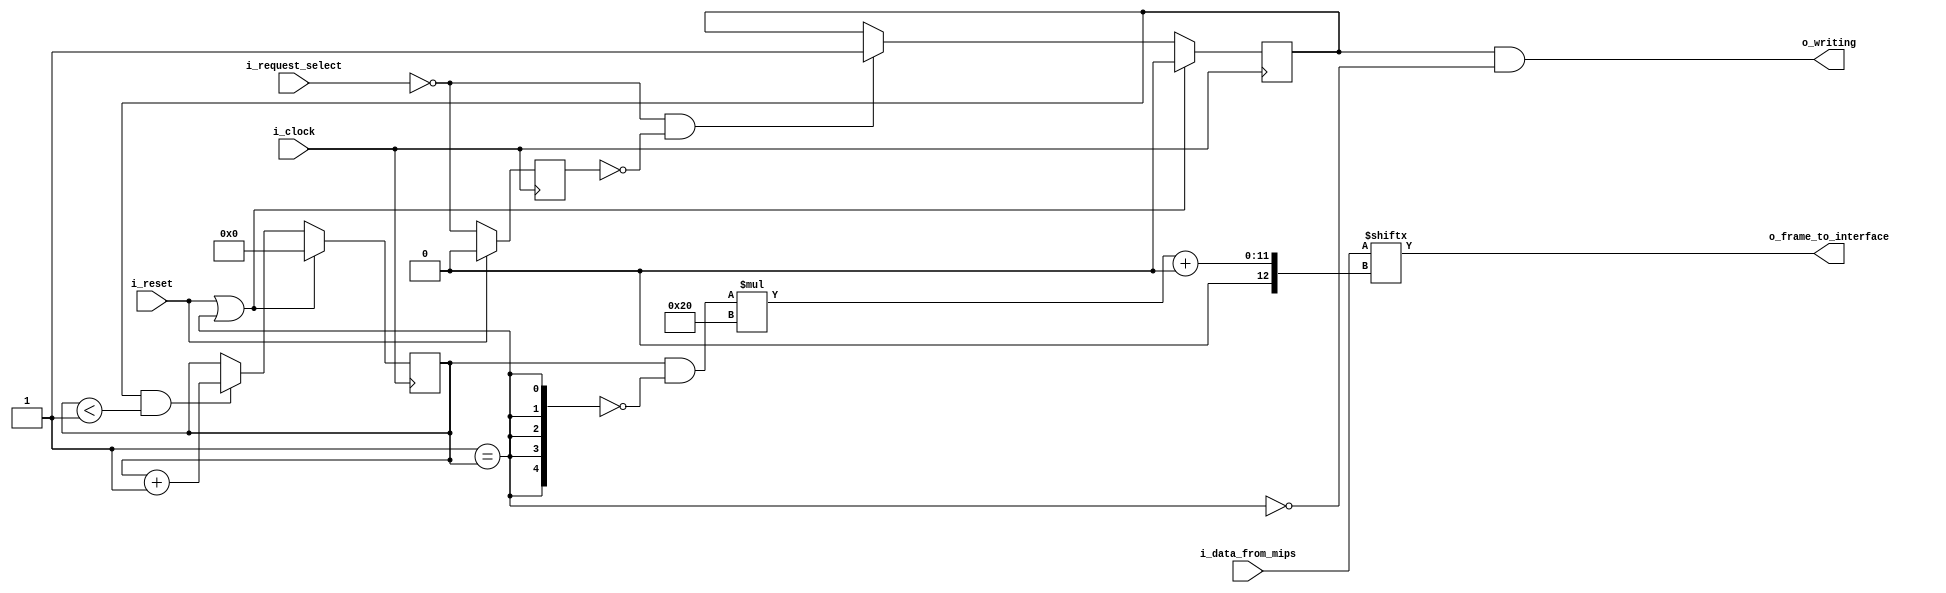
module debug_control_latches
  #(
    parameter NB_LATCH = 32,
    parameter NB_INPUT_SIZE = 32,
    parameter NB_CONTROL_FRAME = 32,
    parameter CONTROLLER_ID = 6'b0000_00
    )
   (
    output wire [NB_CONTROL_FRAME-1:0] o_frame_to_interface,
    output wire                        o_writing,

    input wire [6-1:0]                 i_request_select,
    input wire [NB_INPUT_SIZE-1:0]     i_data_from_mips,

    input wire                         i_clock,
    input wire                         i_reset
    ) ;

   //Quick instance
   /*
   debug_control
     #(
       .NB_LATCH            (NB_LATCH             ),
       .NB_INPUT_SIZE       (NB_INPUT_SIZE        ),
       .NB_CONTROL_FRAME    (NB_CONTROL_FRAME     ),
       .CONTROLLER_ID       (CONTROLLER_ID        )
       )
   u_debug_control
     (
      .o_frame_to_interface (o_frame_to_interface ),
      .o_writing            (o_writing            ),
      .i_request_select     (i_request_select     ),
      .i_data_from_mips     (i_data_from_mips     ),
      .i_clock              (i_clock              ),
      .i_reset              (i_reset              )
      ) ;
  */

   localparam NB_TIMER = 5;
   localparam NB_PADDING = (NB_INPUT_SIZE%NB_LATCH==0) ? 0 : NB_LATCH-(NB_INPUT_SIZE%NB_LATCH);
   localparam NB_PADDED_DATA = NB_INPUT_SIZE + NB_PADDING;
   localparam TIMER_MAX =(NB_INPUT_SIZE/NB_LATCH) + (NB_INPUT_SIZE%NB_LATCH>0);


   reg [NB_TIMER-1:0]                  timer;
   wire                                request_match;
   reg                                 request_match_reg;
   wire                                request_match_pos;
   reg                                 processing_reg;
   wire                                data_done;

   wire [NB_PADDED_DATA-1:0]           padded_data_from_mips;
   wire [NB_TIMER-1:0]                 data_pointer;

   assign o_frame_to_interface = padded_data_from_mips[(data_pointer*NB_LATCH)+:NB_LATCH];
   assign o_writing = processing_reg & ~data_done;

   assign padded_data_from_mips = {{NB_PADDING{1'b0}}, i_data_from_mips};
   assign request_match = i_request_select == CONTROLLER_ID;
   assign data_done = TIMER_MAX == timer;
   assign data_pointer = timer & ~{NB_TIMER{data_done}};

   always @(posedge i_clock)
     if (i_reset) begin
       request_match_reg <= 1'b0;
     end else begin
       request_match_reg <= request_match;
     end

   always @(posedge i_clock)
     if (i_reset | data_done)
       processing_reg <= 1'b0;
     else if (request_match_pos)
       processing_reg <= 1'b1;

   assign request_match_pos = request_match & ~request_match_reg;

   always @(posedge i_clock)
     begin
        if (i_reset | data_done)
          timer <= {NB_TIMER{1'b0}};
        else if (processing_reg & timer<TIMER_MAX)
          timer <= timer + 1'b1;
     end
endmodule